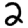
Digit: 2